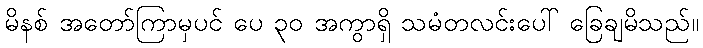
မိနစ် အတော်ကြာမှပင် ပေ ၃၀ အကွာရှိ သမံတလင်းပေါ် ခြေချမိသည်။